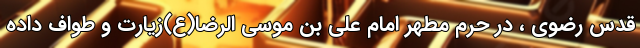
قدس رضوی ، در حرم مطهر امام علی بن موسی الرضا(ع)زیارت و طواف داده